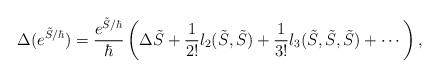
LaTeX: \begin{align*}\Delta (e^{\tilde S/\hbar}) = \frac{e^{\tilde S/\hbar}}{\hbar} \left(\Delta\tilde{S} + \frac{1}{2!} l_2(\tilde S,\tilde S) + \frac{1}{3!}l_3(\tilde S,\tilde S,\tilde S) + \cdots\right),\end{align*}